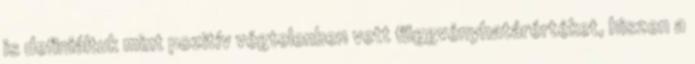
is definiáltuk mint pozitív végtelenben vett függvényhatárértéket, hiszen a